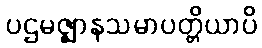
ပဌမဇ္ဈာနသမာပတ္တိယာပိ